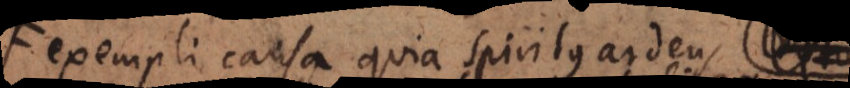
exempli causa quia spiritus ardens